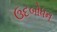
ઉદબોધન